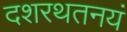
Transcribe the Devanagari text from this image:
दशरथतनयं